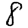
Digit: 8